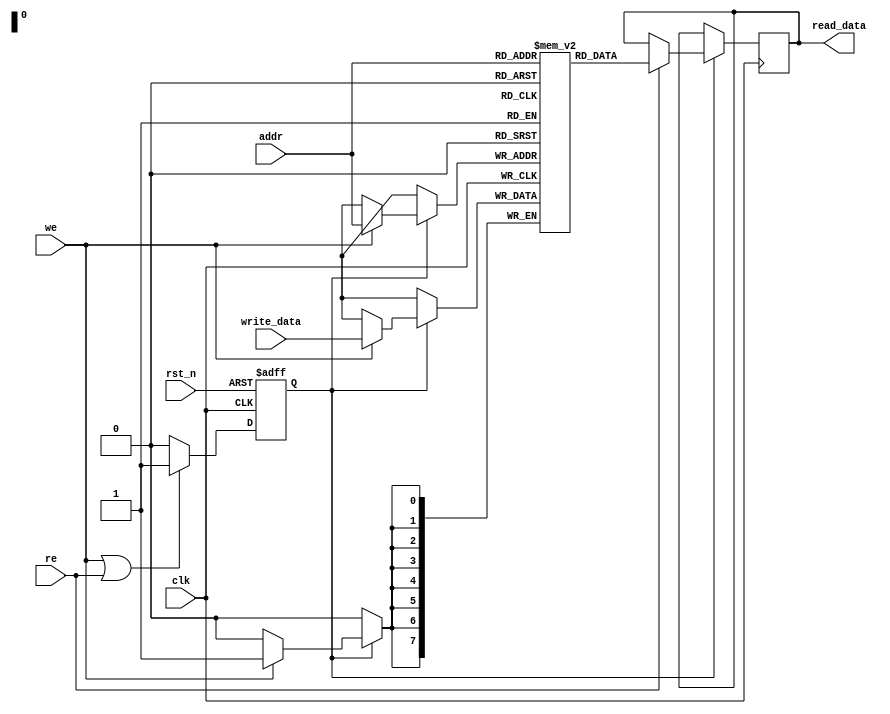
module MemoryBlock (
    input wire clk,           // System clock
    input wire rst_n,        // Active low reset
    input wire [addr_width-1:0] addr,  // Address input
    input wire [data_width-1:0] write_data, // Data input for write operations
    input wire we,           // Write enable signal
    input wire re,           // Read enable signal
    output reg [data_width-1:0] read_data // Data output for read operations
    );

parameter addr_width = 8;  // Width of the address bus
parameter data_width = 8;  // Width of the data bus
parameter mem_depth = 1 << addr_width; // Depth of memory array

// Memory array declaration
reg [data_width-1:0] mem_array [0:mem_depth-1];

// Clock gating control signals
reg clock_gated;
reg activity_detected;

// Clock gating logic
always @(*) begin
    // Activity detection logic
    activity_detected = (we || re); // Activity if there is a read or write request
end

always @(posedge clk or negedge rst_n) begin
    if (!rst_n) begin
        clock_gated <= 1'b0; // Reset gated clock to off
    end else begin
        // Clock gating control
        if (activity_detected) begin
            clock_gated <= 1'b1; // Enable clock gating on activity
        end else begin
            clock_gated <= 1'b0; // Disable clock if no activity
        end
    end
end

// Memory operation logic
always @(posedge clk) begin
    if (clock_gated) begin
        if (we) begin
            // Write operation
            mem_array[addr] <= write_data;
        end
        if (re) begin
            // Read operation
            read_data <= mem_array[addr];
        end
    end
end

endmodule